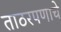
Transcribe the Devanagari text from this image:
ताठरपणाचे